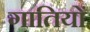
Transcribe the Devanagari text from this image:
गातियों